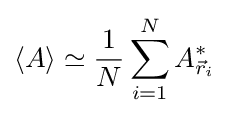
\langle A\rangle \simeq {\frac {1}{N}}\sum _{i=1}^{N}A_{{\vec {r}}_{i}}^{*}